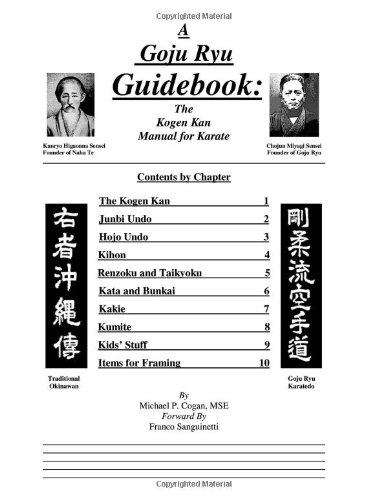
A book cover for A Goju Ryu Guidebook: The Kogen Kan Manual for Karate; Michael Cogan; Sports & Outdoors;